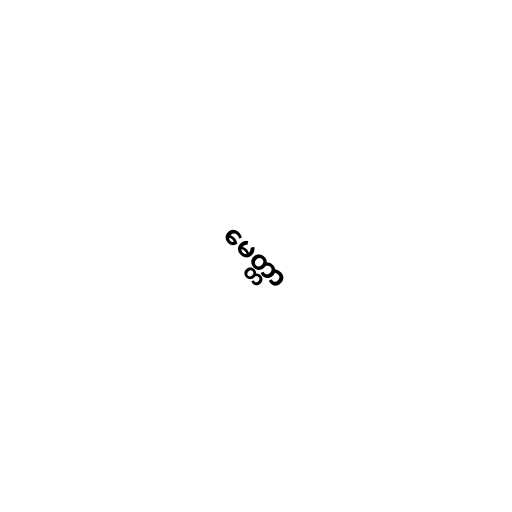
မေတ္တာ